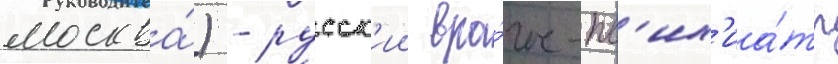
москва́) - русск'ии вра́ч-пс'их'иа́тр